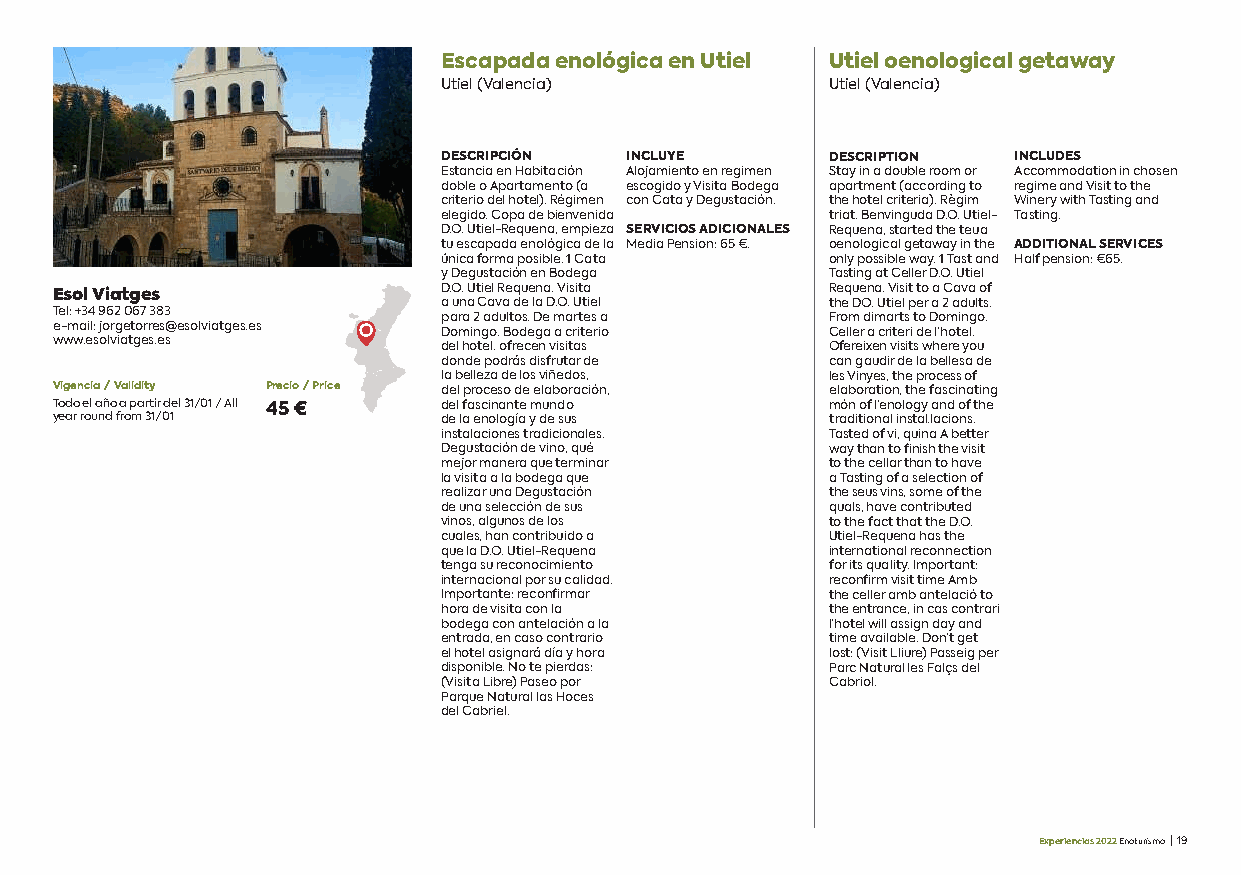
Escapada enológica en Utiel Utiel oenological getaway
 Utiel (Valencia)          Utiel (Valencia)
 DESCRIPCIÓN INCLUYE       DESCRIPTION INCLUDES
 Estancia en Habitación Alojamiento en regimen Stay in a double room or Accommodation in chosen
 doble o Apartamento (a escogido y Visita Bodega apartment (according to regime and Visit to the
 criterio del hotel). Régimen con Cata y Degustación. the hotel criteria). Règim Winery with Tasting and
 elegido. Copa de bienvenida triat. Benvinguda D.O. Utiel- Tasting.
 D.O. Utiel-Requena, empieza SERVICIOS ADICIONALES Requena, started the teua
 tu escapada enológica de la Media Pension: 65 €. oenological getaway in the ADDITIONAL SERVICES
 única forma posible. 1 Cata only possible way. 1 Tast and Half pension: €65.
 y Degustación en Bodega   Tasting at Celler D.O. Utiel
 D.O. Utiel Requena. Visita Requena. Visit to a Cava of
 Esol Viatges
 a una Cava de la D.O. Utiel the DO. Utiel per a 2 adults.
 Tel: +34 962 067 383     para 2 adultos. De martes a From dimarts to Domingo.
 e-mail: jorgetorres@esolviatges.es Domingo. Bodega a criterio Celler a criteri de l’hotel.
 www.esolviatges.es       del hotel. ofrecen visitas Ofereixen visits where you
 donde podrás disfrutar de can gaudir de la bellesa de
 la belleza de los viñedos, les Vinyes, the process of
 Vigencia / Validity Precio / Price del proceso de elaboración, elaboration, the fascinating
 Todo el año a partir del 31/01 / All 45 € del fascinante mundo món of l’enology and of the
 year round from 31/01    de la enología y de sus   traditional instal·lacions.
 instalaciones tradicionales. Tasted of vi, quina A better
 Degustación de vino, qué  way than to finish the visit
 mejor manera que terminar to the cellar than to have
 la visita a la bodega que a Tasting of a selection of
 realizar una Degustación  the seus vins, some of the
 de una selección de sus   quals, have contributed
 vinos, algunos de los     to the fact that the D.O.
 cuales, han contribuido a Utiel-Requena has the
 que la D.O. Utiel-Requena international reconnection
 tenga su reconocimiento   for its quality. Important:
 internacional por su calidad. reconfirm visit time Amb
 Importante: reconfirmar   the celler amb antelació to
 hora de visita con la     the entrance, in cas contrari
 bodega con antelación a la l’hotel will assign day and
 entrada, en caso contrario time available. Don’t get
 el hotel asignará día y hora lost: (Visit Lliure) Passeig per
 disponible. No te pierdas: Parc Natural les Falçs del
 (Visita Libre) Paseo por  Cabriol.
 Parque Natural las Hoces
 del Cabriel.
 Experiencias 2022 Enoturismo | 19